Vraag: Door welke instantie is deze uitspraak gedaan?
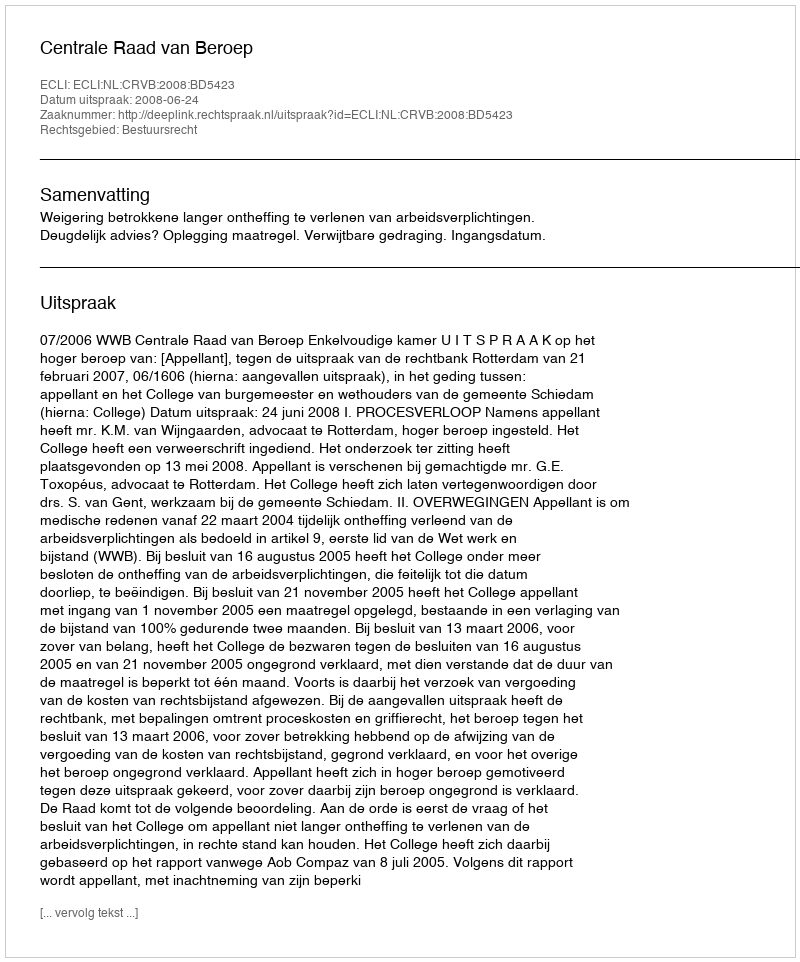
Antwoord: Centrale Raad van Beroep